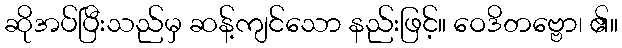
ဆိုအပ်ပြီးသည်မှ ဆန့်ကျင်သော နည်းဖြင့်။ ဝေဒိတဗ္ဗော၊ ၏။